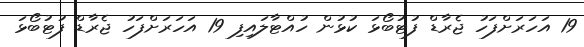
19 އަހަރަށްފަހު ޖެރާޑް ފުޓުބޯޅަ ކުޅުން ހުއްޓާލައިފި 19 އަހަރަށްފަހު ޖެރާޑް ފުޓުބޯޅަ